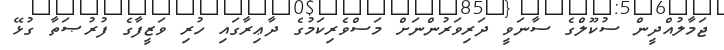
ޖަމާލުއްދީން ސުކޫލްގެ ސާނަވީ ދަރިވަރުންނަށް މަސްވެރިކަމުގެ ދާޢިރާގައި ހުރި ވަޒީފާގެ ފުރުޞަތާ ގުޅޭ